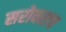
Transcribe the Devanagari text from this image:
सरोवराच